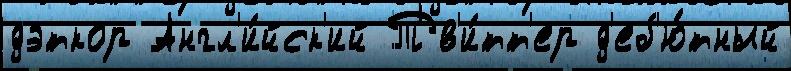
дэткор Англ'и́йск'ий Тв'и́тт'ер д'еб'ю́тный